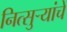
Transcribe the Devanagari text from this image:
नित्सुर्‍यांचे